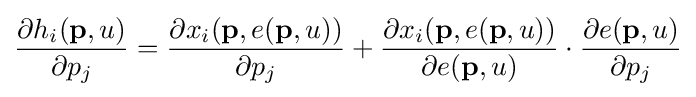
{\frac {\partial h_{i}(\mathbf {p} ,u)}{\partial p_{j}}}={\frac {\partial x_{i}(\mathbf {p} ,e(\mathbf {p} ,u))}{\partial p_{j}}}+{\frac {\partial x_{i}(\mathbf {p} ,e(\mathbf {p} ,u))}{\partial e(\mathbf {p} ,u)}}\cdot {\frac {\partial e(\mathbf {p} ,u)}{\partial p_{j}}}